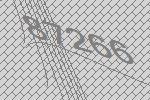
87266